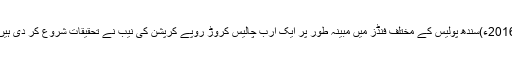
2016ء)سندھ پولیس کے مختلف فنڈز میں مبینہ طور پر ایک ارب چالیس کروڑ روپے کرپشن کی نیب نے تحقیقات شروع کر دی ہیں۔